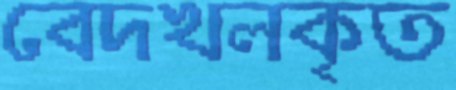
বেদখলকৃত